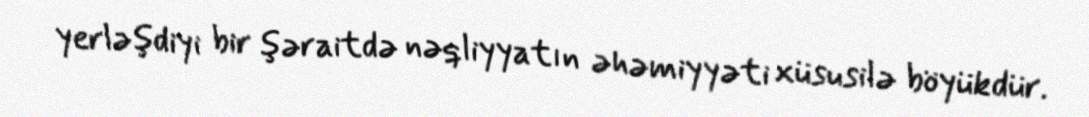
yerləşdiyi bir şəraitdə nəqliyyatın əhəmiyyəti xüsusilə böyükdür.